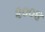
૨૦૦૪